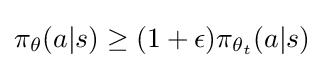
\pi _{\theta }(a|s)\geq (1+\epsilon )\pi _{\theta _{t}}(a|s)